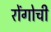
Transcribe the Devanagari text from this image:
रोंगोची